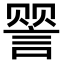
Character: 𬢯